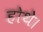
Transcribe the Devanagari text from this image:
होथे।